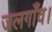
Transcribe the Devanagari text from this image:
जलगाँव।